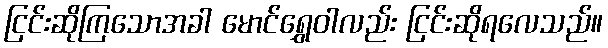
ငြင်းဆိုကြသောအခါ မောင်ရွှေဝါလည်း ငြင်းဆိုရလေသည်။